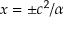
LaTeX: x = \pm c ^ { 2 } / \alpha